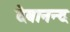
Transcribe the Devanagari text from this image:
देबानन्द